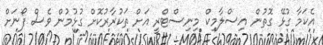
އެކަމާ ގުޅޭ ގޮތުން އިސްލާމިކް މިނިސްޓްރީ އަށް ތަކުރާރުކޮށް ގުޅުމުން ވެސް ފޯނަށް